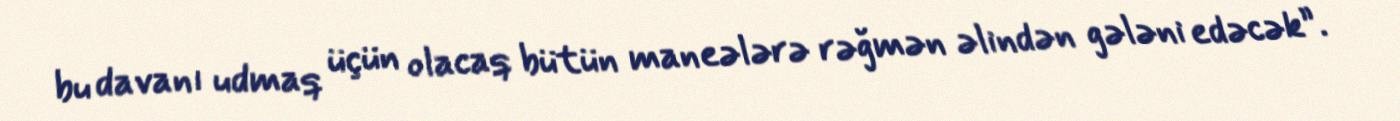
bu davanı udmaq üçün olacaq bütün maneələrə rəğmən əlindən gələni edəcək”.